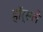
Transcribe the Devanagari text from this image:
हॉर्सले